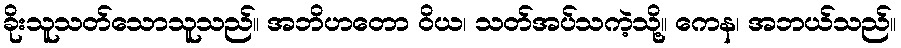
ခိုးသူသတ်သောသူသည်။ အဘိဟတော ဝိယ၊ သတ်အပ်သကဲ့သို့။ ကေန၊ အဘယ်သည်။